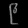
Digit: ၉